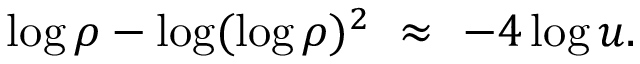
\log \rho - \log ( \log \rho ) ^ { 2 } ~ \approx ~ - 4 \log u .